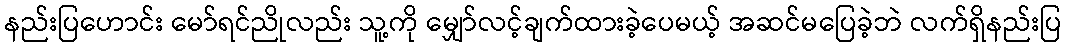
နည်းပြဟောင်း မော်ရင်ညိုလည်း သူ့ကို မျှော်လင့်ချက်ထားခဲ့ပေမယ့် အဆင်မပြေခဲ့ဘဲ လက်ရှိနည်းပြ